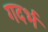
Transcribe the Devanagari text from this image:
गदर्भ